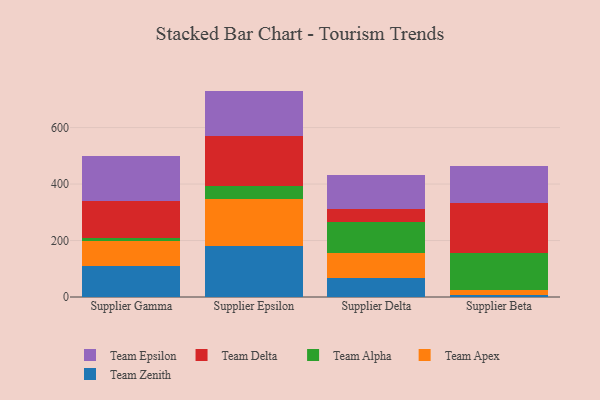
{"axis": {"x": "Supplier", "y": "Active Users"}, "legend": ["Team Alpha", "Team Apex", "Team Delta", "Team Epsilon", "Team Zenith"], "data": [{"x": "Supplier Gamma", "y": 111.3, "type": "Team Zenith"}, {"x": "Supplier Gamma", "y": 87.1, "type": "Team Apex"}, {"x": "Supplier Gamma", "y": 10.2, "type": "Team Alpha"}, {"x": "Supplier Gamma", "y": 131.9, "type": "Team Delta"}, {"x": "Supplier Gamma", "y": 157.7, "type": "Team Epsilon"}, {"x": "Supplier Epsilon", "y": 179.9, "type": "Team Zenith"}, {"x": "Supplier Epsilon", "y": 167.8, "type": "Team Apex"}, {"x": "Supplier Epsilon", "y": 45.7, "type": "Team Alpha"}, {"x": "Supplier Epsilon", "y": 177.4, "type": "Team Delta"}, {"x": "Supplier Epsilon", "y": 159.3, "type": "Team Epsilon"}, {"x": "Supplier Delta", "y": 68.7, "type": "Team Zenith"}, {"x": "Supplier Delta", "y": 85.8, "type": "Team Apex"}, {"x": "Supplier Delta", "y": 112.0, "type": "Team Alpha"}, {"x": "Supplier Delta", "y": 44.6, "type": "Team Delta"}, {"x": "Supplier Delta", "y": 122.0, "type": "Team Epsilon"}, {"x": "Supplier Beta", "y": 8.4, "type": "Team Zenith"}, {"x": "Supplier Beta", "y": 17.0, "type": "Team Apex"}, {"x": "Supplier Beta", "y": 129.6, "type": "Team Alpha"}, {"x": "Supplier Beta", "y": 179.3, "type": "Team Delta"}, {"x": "Supplier Beta", "y": 129.6, "type": "Team Epsilon"}]}